Civil Veterinary Department Bihar & Orissa reports 1911-21 - 1911-1921
Year: 1911
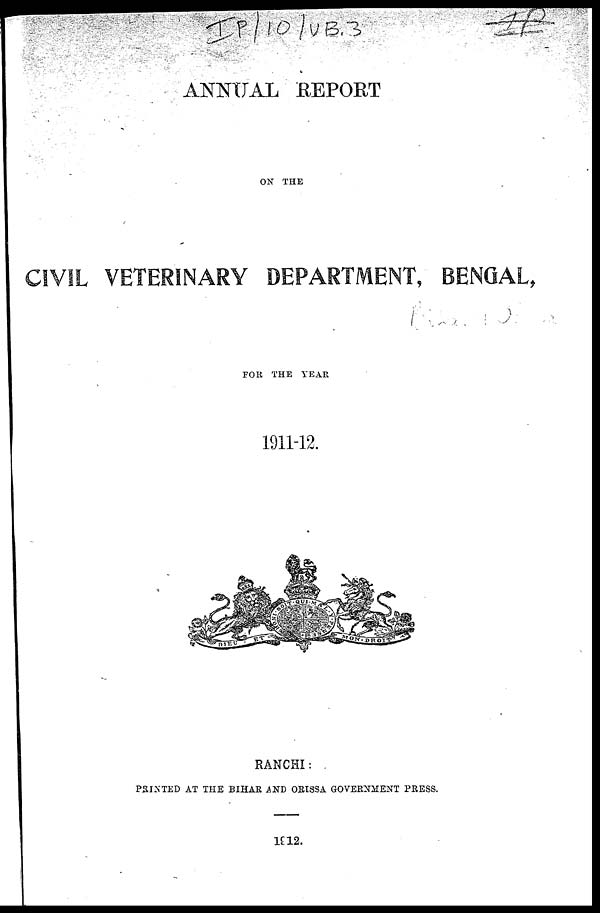
ANNUAL REPORT
ON THE
CIVIL VETERINARY DEPARTMENT, BENGAL,
FOR THE YEAR
1911-12.
RANCHI:
PRINTED AT THE BIHAR AND ORISSA GOVERNMENT PRESS.
1912.